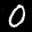
Label: 0